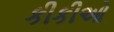
કીકીઓ